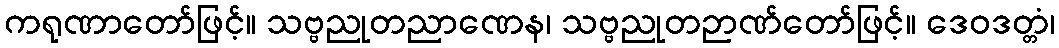
ကရုဏာတော်ဖြင့်။ သဗ္ဗညုတညာဏေန၊ သဗ္ဗညုတဉာဏ်တော်ဖြင့်။ ဒေဝဒတ္တံ၊